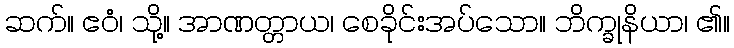
ဆက်။ ဧဝံ၊ သို့။ အာဏတ္တာယ၊ စေခိုင်းအပ်သော။ ဘိက္ခုနိယာ၊ ၏။